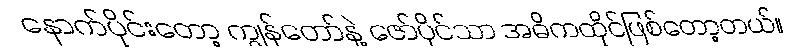
နောက်ပိုင်းတော့ ကျွန်တော်နဲ့ ဇော်ပိုင်သာ အဓိကထိုင်ဖြစ်တော့တယ်။